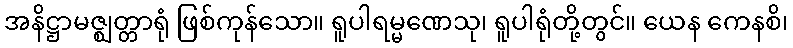
အနိဋ္ဌာမဇ္ဈတ္တာရုံ ဖြစ်ကုန်သော။ ရူပါရမ္မဏေသု၊ ရူပါရုံတို့တွင်။ ယေန ကေနစိ၊